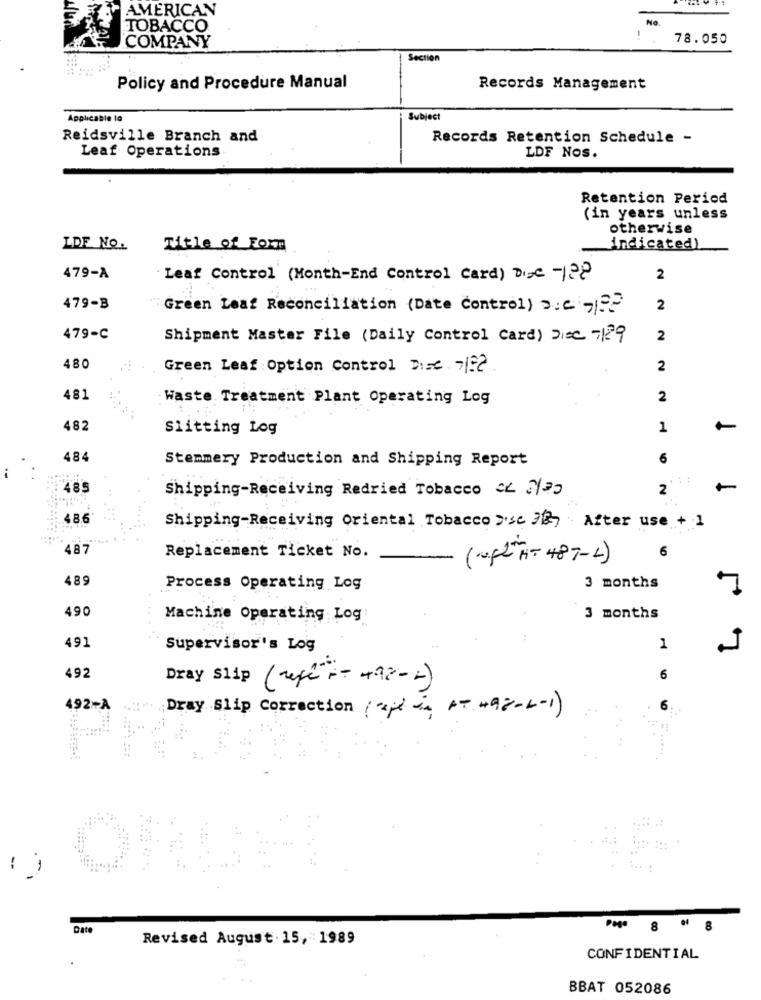
AMERICAN
No.
TOBACCO
78.050
COMPANY
Section
Policy and Procedure Manual
Records Management
Applicable lo
Subject
Reidsville Branch and
Records Retention Schedule -
Leaf Operations
LDF Nos.
Retention Period
(in years unless
otherwise
LDF NO.
Title of Form
indicated)
479-A
Leaf Control (Month-End Control Card) Dic -128
2
479-B
Green Leaf Reconciliation (Date Control) a.c ,??
2
479-C
Shipment Master File (Daily Control Card) Disc -29
2
480
Green Leaf Option Control Disc 7| ??
2
481
Waste Treatment Plant Operating Log
2
482
Siitting Log
1
484
Stemmery Production and Shipping Report
6
..
485
Shipping-Receiving Redried Tobacco CL 3/70
2
-
486
Shipping-Receiving Oriental Tobacco >sc MR After use + 1
487
6
Replacement Ticket No.
( + 2- A - 48 7 - 4 )
489
Process Operating Log
3 months
7
490
Machine Operating Log:
3 months
491
Supervisor's Log
1
7
492
Dray Slip ( refi"+ - +92-2)
6
492-A
Dray Slip correction ( ap) is AT 492 -L - 1 )
-
Date
P. 8 8
Revised August . 15, 1989
CONFIDENTIAL
BBAT 052086